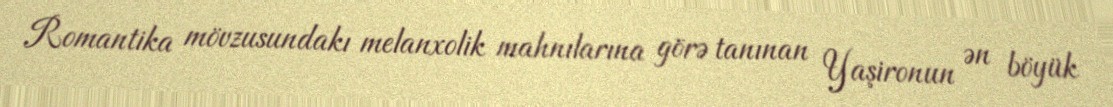
Romantika mövzusundakı melanxolik mahnılarına görə tanınan Yaşironun ən böyük